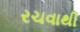
રચવાથી